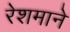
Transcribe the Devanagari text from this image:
रेशमाने